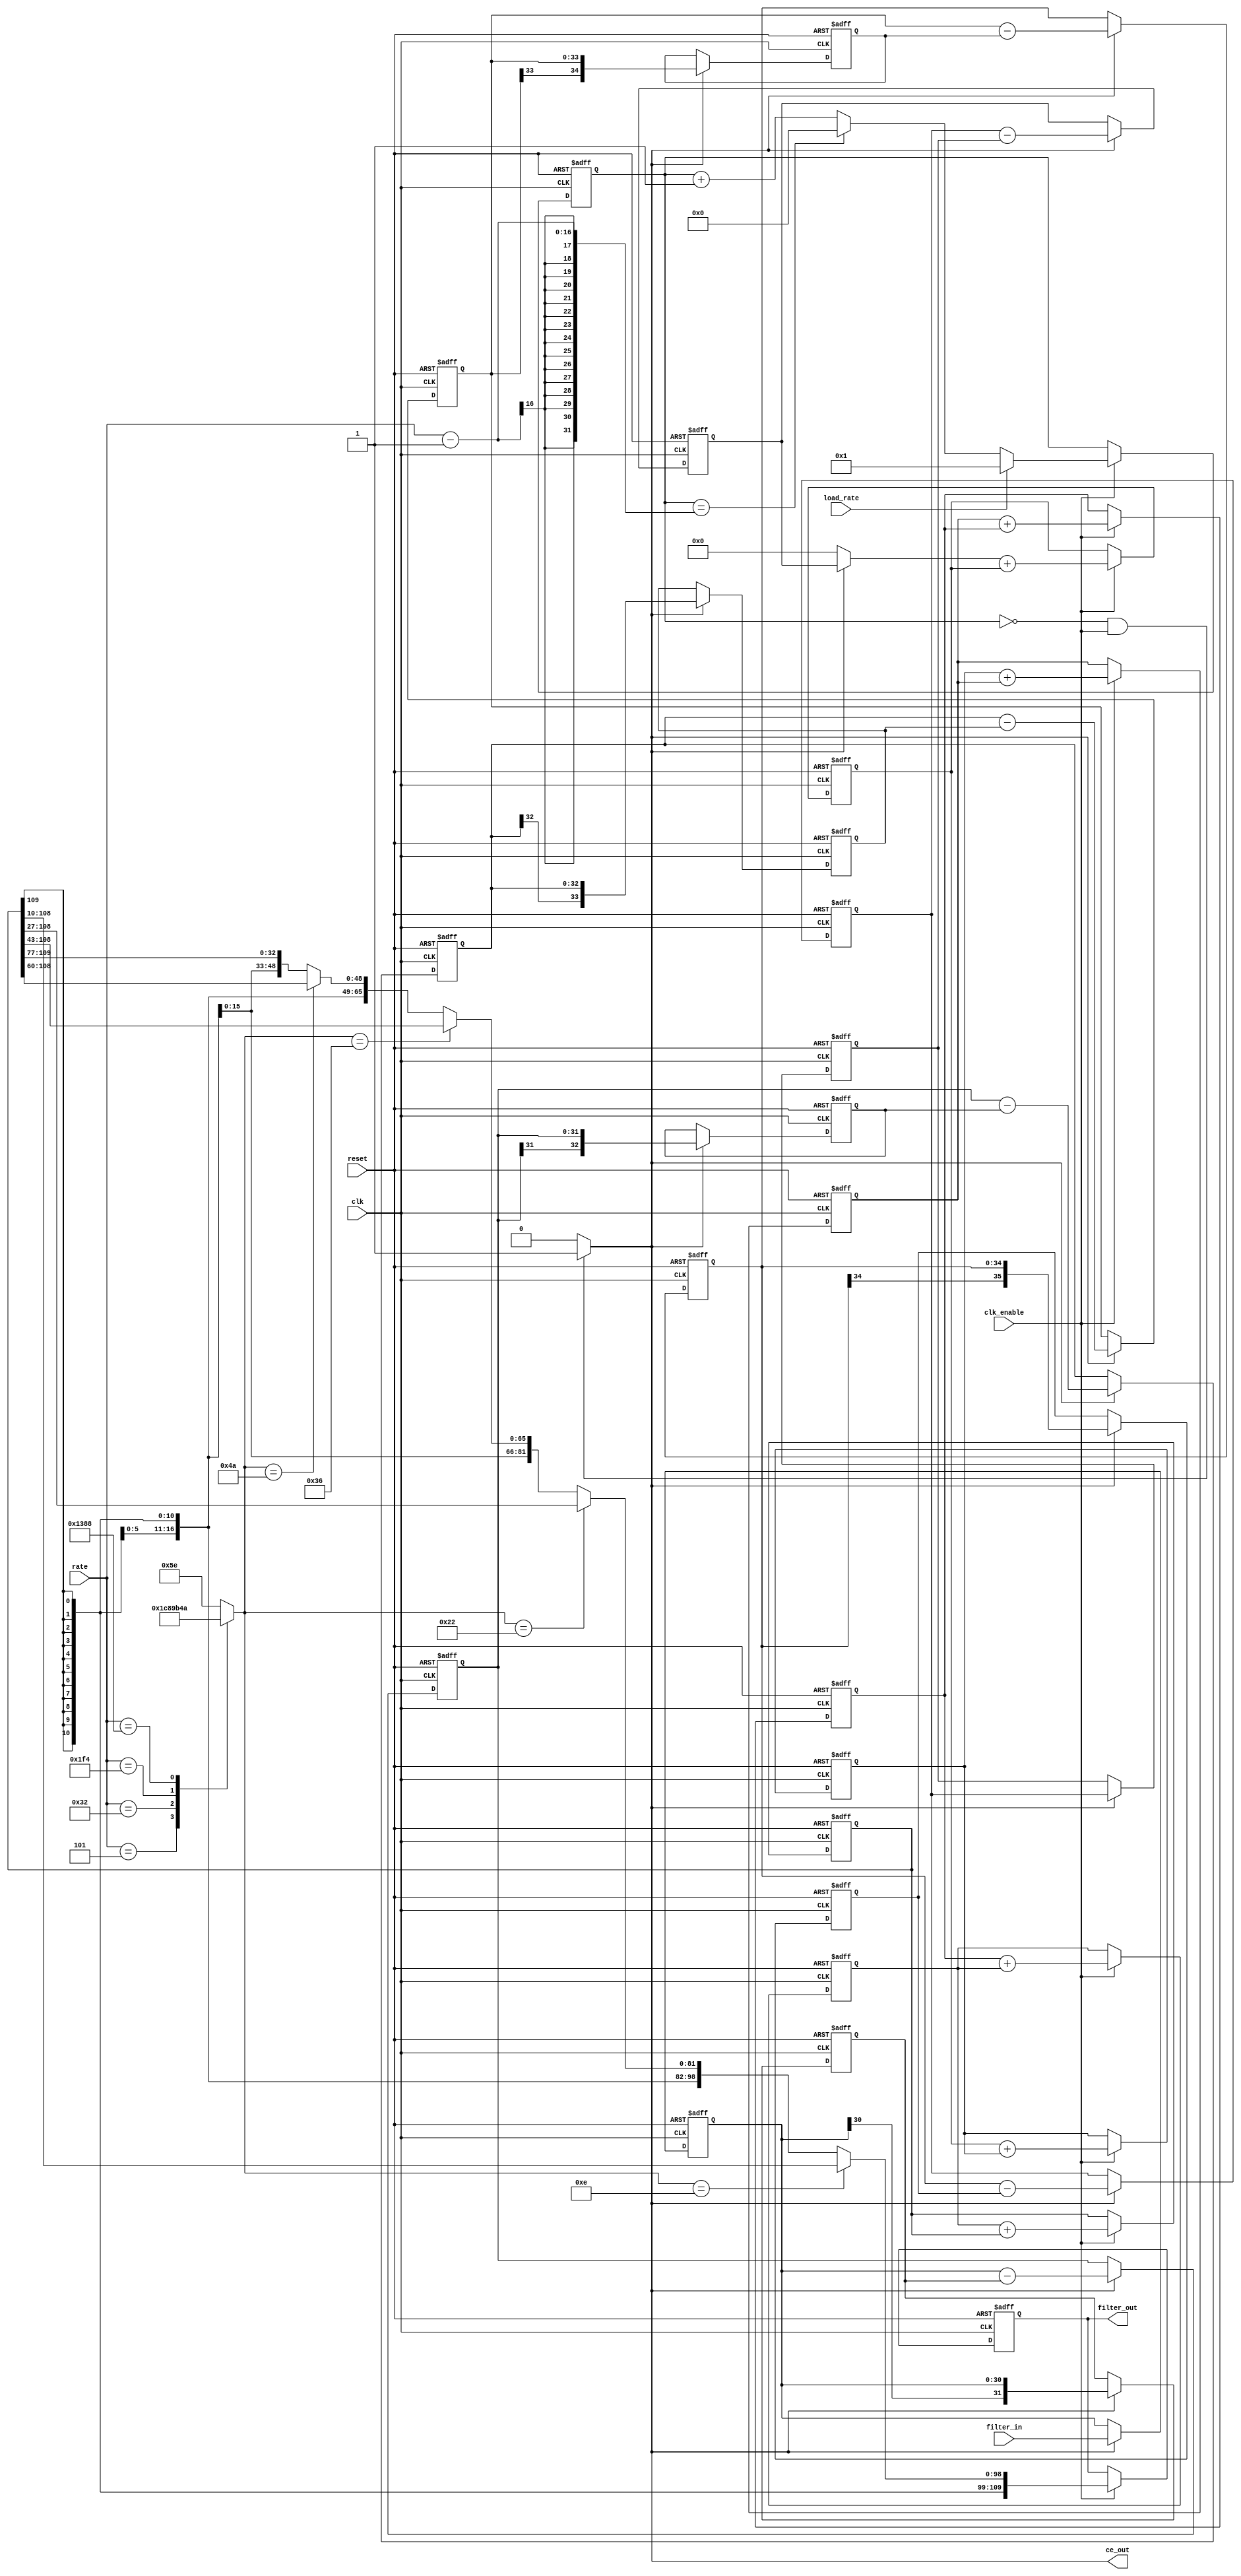
// -------------------------------------------------------------
//
// Module: cic_interp
// Generated by MATLAB(R) 9.0 and the Filter Design HDL Coder 3.0.
// Generated on: 2016-07-05 11:08:04
// -------------------------------------------------------------

// -------------------------------------------------------------
// HDL Code Generation Options:
//
// OptimizeForHDL: on
// EDAScriptGeneration: off
// AddPipelineRegisters: on
// Name: cic_interp
// AddRatePort: on
// InputDataType: numerictype(1,31,30)
// TargetLanguage: Verilog
// TestBenchName: cicinterpfilt_copy_tb
// TestBenchStimulus: step ramp chirp noise
// GenerateHDLTestBench: off

// -------------------------------------------------------------
// HDL Implementation    : Fully parallel
// -------------------------------------------------------------
// Filter Settings:
//
// Discrete-Time FIR Multirate Filter (real)
// -----------------------------------------
// Filter Structure      : Cascaded Integrator-Comb Interpolator
// Interpolation Factor  : 50000
// Differential Delay    : 1
// Number of Sections    : 6
// Stable                : Yes
// Linear Phase          : No
//
// -------------------------------------------------------------

`timescale 1 ns / 1 ns

module cic_interp
               (
                clk,
                clk_enable,
                reset,
                filter_in,
                rate,
                load_rate,
                filter_out,
                ce_out
                );

  input   clk;
  input   clk_enable;
  input   reset;
  input   signed [30:0] filter_in; //sfix31_En30
  input   [15:0] rate; //ufix16
  input   load_rate;
  output  signed [109:0] filter_out; //sfix110_En30
  output  ce_out;

////////////////////////////////////////////////////////////////
//Module Architecture: cic_interp
////////////////////////////////////////////////////////////////
  // Local Functions
  // Type Definitions
  // Constants
  parameter signed [35:0] zeroconst = 36'h000000000; //sfix36_En30
  // Signals
  wire [15:0] rate_unsigned; // ufix16
  reg  [15:0] cur_count = 0; // ufix16
  wire phase_0; // boolean
  //
  reg  signed [30:0] input_register = 0; // sfix31_En30
  //   -- Section 1 Signals
  wire signed [30:0] section_in1; // sfix31_En30
  wire signed [31:0] section_cast1; // sfix32_En30
  reg  signed [31:0] diff1 = 0; // sfix32_En30
  wire signed [31:0] section_out1; // sfix32_En30
  wire signed [31:0] sub_cast; // sfix32_En30
  wire signed [31:0] sub_cast_1; // sfix32_En30
  wire signed [32:0] sub_temp; // sfix33_En30
  reg  signed [31:0] cic_pipeline1 = 0; // sfix32_En30
  //   -- Section 2 Signals
  wire signed [31:0] section_in2; // sfix32_En30
  wire signed [32:0] section_cast2; // sfix33_En30
  reg  signed [32:0] diff2 = 0; // sfix33_En30
  wire signed [32:0] section_out2; // sfix33_En30
  wire signed [32:0] sub_cast_2; // sfix33_En30
  wire signed [32:0] sub_cast_3; // sfix33_En30
  wire signed [33:0] sub_temp_1; // sfix34_En30
  reg  signed [32:0] cic_pipeline2 = 0; // sfix33_En30
  //   -- Section 3 Signals
  wire signed [32:0] section_in3; // sfix33_En30
  wire signed [33:0] section_cast3; // sfix34_En30
  reg  signed [33:0] diff3 = 0; // sfix34_En30
  wire signed [33:0] section_out3; // sfix34_En30
  wire signed [33:0] sub_cast_4; // sfix34_En30
  wire signed [33:0] sub_cast_5; // sfix34_En30
  wire signed [34:0] sub_temp_2; // sfix35_En30
  reg  signed [33:0] cic_pipeline3 = 0; // sfix34_En30
  //   -- Section 4 Signals
  wire signed [33:0] section_in4; // sfix34_En30
  wire signed [34:0] section_cast4; // sfix35_En30
  reg  signed [34:0] diff4 = 0; // sfix35_En30
  wire signed [34:0] section_out4; // sfix35_En30
  wire signed [34:0] sub_cast_6; // sfix35_En30
  wire signed [34:0] sub_cast_7; // sfix35_En30
  wire signed [35:0] sub_temp_3; // sfix36_En30
  reg  signed [34:0] cic_pipeline4 = 0; // sfix35_En30
  //   -- Section 5 Signals
  wire signed [34:0] section_in5; // sfix35_En30
  wire signed [35:0] section_cast5; // sfix36_En30
  reg  signed [35:0] diff5 = 0; // sfix36_En30
  wire signed [35:0] section_out5; // sfix36_En30
  wire signed [35:0] sub_cast_8; // sfix36_En30
  wire signed [35:0] sub_cast_9; // sfix36_En30
  wire signed [36:0] sub_temp_4; // sfix37_En30
  reg  signed [35:0] cic_pipeline5 = 0; // sfix36_En30
  //   -- Section 6 Signals
  wire signed [35:0] section_in6; // sfix36_En30
  reg  signed [35:0] diff6 = 0; // sfix36_En30
  wire signed [35:0] section_out6; // sfix36_En30
  wire signed [35:0] sub_cast_10; // sfix36_En30
  wire signed [35:0] sub_cast_11; // sfix36_En30
  wire signed [36:0] sub_temp_5; // sfix37_En30
  reg  signed [35:0] cic_pipeline6 = 0; // sfix36_En30
  wire signed [35:0] upsampling; // sfix36_En30
  //   -- Section 7 Signals
  wire signed [35:0] section_in7; // sfix36_En30
  wire signed [35:0] sum1; // sfix36_En30
  reg  signed [35:0] section_out7 = 0; // sfix36_En30
  wire signed [35:0] add_cast; // sfix36_En30
  wire signed [35:0] add_cast_1; // sfix36_En30
  wire signed [36:0] add_temp; // sfix37_En30
  //   -- Section 8 Signals
  wire signed [35:0] section_in8; // sfix36_En30
  wire signed [50:0] section_cast8; // sfix51_En30
  wire signed [50:0] sum2; // sfix51_En30
  reg  signed [50:0] section_out8 = 0; // sfix51_En30
  wire signed [50:0] add_cast_2; // sfix51_En30
  wire signed [50:0] add_cast_3; // sfix51_En30
  wire signed [51:0] add_temp_1; // sfix52_En30
  //   -- Section 9 Signals
  wire signed [50:0] section_in9; // sfix51_En30
  wire signed [65:0] section_cast9; // sfix66_En30
  wire signed [65:0] sum3; // sfix66_En30
  reg  signed [65:0] section_out9 = 0; // sfix66_En30
  wire signed [65:0] add_cast_4; // sfix66_En30
  wire signed [65:0] add_cast_5; // sfix66_En30
  wire signed [66:0] add_temp_2; // sfix67_En30
  //   -- Section 10 Signals
  wire signed [65:0] section_in10; // sfix66_En30
  wire signed [79:0] section_cast10; // sfix80_En30
  wire signed [79:0] sum4; // sfix80_En30
  reg  signed [79:0] section_out10 = 0; // sfix80_En30
  wire signed [79:0] add_cast_6; // sfix80_En30
  wire signed [79:0] add_cast_7; // sfix80_En30
  wire signed [80:0] add_temp_3; // sfix81_En30
  //   -- Section 11 Signals
  wire signed [79:0] section_in11; // sfix80_En30
  wire signed [94:0] section_cast11; // sfix95_En30
  wire signed [94:0] sum5; // sfix95_En30
  reg  signed [94:0] section_out11 = 0; // sfix95_En30
  wire signed [94:0] add_cast_8; // sfix95_En30
  wire signed [94:0] add_cast_9; // sfix95_En30
  wire signed [95:0] add_temp_4; // sfix96_En30
  //   -- Section 12 Signals
  wire signed [94:0] section_in12; // sfix95_En30
  wire signed [109:0] section_cast12; // sfix110_En30
  wire signed [109:0] sum6; // sfix110_En30
  reg  signed [109:0] section_out12 = 0; // sfix110_En30
  wire signed [109:0] add_cast_10; // sfix110_En30
  wire signed [109:0] add_cast_11; // sfix110_En30
  wire signed [110:0] add_temp_5; // sfix111_En30
  reg  [6:0] bitgain = 0; // ufix7
  wire signed [109:0] output_typeconvert; // sfix110_En30
  wire signed [109:0] muxinput_14; // sfix110_En16
  wire signed [109:0] muxinput_34; // sfix110_E4
  wire signed [109:0] muxinput_54; // sfix110_E24
  wire signed [109:0] muxinput_74; // sfix110_E44
  wire signed [109:0] muxinput_94; // sfix110_E64
  //
  reg  signed [109:0] output_register = 0; // sfix110_En30

  // Block Statements
  assign rate_unsigned = rate;

  always @ (posedge clk or posedge reset)
    begin: ce_output
      if (reset == 1'b1) begin
        cur_count <= 16'b0000000000000000;
      end
      else begin
        if (clk_enable == 1'b1) begin
          if (load_rate ==  1'b1) begin
            cur_count <= 16'b0000000000000001;
          end
          else if (cur_count == rate_unsigned - 1) begin
            cur_count <= 16'b0000000000000000;
          end
          else begin
            cur_count <= cur_count + 1;
          end
        end
      end
    end // ce_output

  assign  phase_0 = (cur_count == 16'b0000000000000000 && clk_enable == 1'b1)? 1 : 0;

  //   ------------------ Input Register ------------------

  always @ (posedge clk or posedge reset)
    begin: input_reg_process
      if (reset == 1'b1) begin
        input_register <= 0;
      end
      else begin
        if (phase_0 == 1'b1) begin
          input_register <= filter_in;
        end
      end
    end // input_reg_process

  //   ------------------ Section # 1 : Comb ------------------

  assign section_in1 = input_register;

  assign section_cast1 = $signed({{1{section_in1[30]}}, section_in1});

  assign sub_cast = section_cast1;
  assign sub_cast_1 = diff1;
  assign sub_temp = sub_cast - sub_cast_1;
  assign section_out1 = sub_temp[31:0];

  always @ (posedge clk or posedge reset)
    begin: comb_delay_section1
      if (reset == 1'b1) begin
        diff1 <= 0;
      end
      else begin
        if (phase_0 == 1'b1) begin
          diff1 <= section_cast1;
        end
      end
    end // comb_delay_section1

  always @ (posedge clk or posedge reset)
    begin: cic_pipeline_process_section1
      if (reset == 1'b1) begin
        cic_pipeline1 <= 0;
      end
      else begin
        if (phase_0 == 1'b1) begin
          cic_pipeline1 <= section_out1;
        end
      end
    end // cic_pipeline_process_section1

  //   ------------------ Section # 2 : Comb ------------------

  assign section_in2 = cic_pipeline1;

  assign section_cast2 = $signed({{1{section_in2[31]}}, section_in2});

  assign sub_cast_2 = section_cast2;
  assign sub_cast_3 = diff2;
  assign sub_temp_1 = sub_cast_2 - sub_cast_3;
  assign section_out2 = sub_temp_1[32:0];

  always @ (posedge clk or posedge reset)
    begin: comb_delay_section2
      if (reset == 1'b1) begin
        diff2 <= 0;
      end
      else begin
        if (phase_0 == 1'b1) begin
          diff2 <= section_cast2;
        end
      end
    end // comb_delay_section2

  always @ (posedge clk or posedge reset)
    begin: cic_pipeline_process_section2
      if (reset == 1'b1) begin
        cic_pipeline2 <= 0;
      end
      else begin
        if (phase_0 == 1'b1) begin
          cic_pipeline2 <= section_out2;
        end
      end
    end // cic_pipeline_process_section2

  //   ------------------ Section # 3 : Comb ------------------

  assign section_in3 = cic_pipeline2;

  assign section_cast3 = $signed({{1{section_in3[32]}}, section_in3});

  assign sub_cast_4 = section_cast3;
  assign sub_cast_5 = diff3;
  assign sub_temp_2 = sub_cast_4 - sub_cast_5;
  assign section_out3 = sub_temp_2[33:0];

  always @ (posedge clk or posedge reset)
    begin: comb_delay_section3
      if (reset == 1'b1) begin
        diff3 <= 0;
      end
      else begin
        if (phase_0 == 1'b1) begin
          diff3 <= section_cast3;
        end
      end
    end // comb_delay_section3

  always @ (posedge clk or posedge reset)
    begin: cic_pipeline_process_section3
      if (reset == 1'b1) begin
        cic_pipeline3 <= 0;
      end
      else begin
        if (phase_0 == 1'b1) begin
          cic_pipeline3 <= section_out3;
        end
      end
    end // cic_pipeline_process_section3

  //   ------------------ Section # 4 : Comb ------------------

  assign section_in4 = cic_pipeline3;

  assign section_cast4 = $signed({{1{section_in4[33]}}, section_in4});

  assign sub_cast_6 = section_cast4;
  assign sub_cast_7 = diff4;
  assign sub_temp_3 = sub_cast_6 - sub_cast_7;
  assign section_out4 = sub_temp_3[34:0];

  always @ (posedge clk or posedge reset)
    begin: comb_delay_section4
      if (reset == 1'b1) begin
        diff4 <= 0;
      end
      else begin
        if (phase_0 == 1'b1) begin
          diff4 <= section_cast4;
        end
      end
    end // comb_delay_section4

  always @ (posedge clk or posedge reset)
    begin: cic_pipeline_process_section4
      if (reset == 1'b1) begin
        cic_pipeline4 <= 0;
      end
      else begin
        if (phase_0 == 1'b1) begin
          cic_pipeline4 <= section_out4;
        end
      end
    end // cic_pipeline_process_section4

  //   ------------------ Section # 5 : Comb ------------------

  assign section_in5 = cic_pipeline4;

  assign section_cast5 = $signed({{1{section_in5[34]}}, section_in5});

  assign sub_cast_8 = section_cast5;
  assign sub_cast_9 = diff5;
  assign sub_temp_4 = sub_cast_8 - sub_cast_9;
  assign section_out5 = sub_temp_4[35:0];

  always @ (posedge clk or posedge reset)
    begin: comb_delay_section5
      if (reset == 1'b1) begin
        diff5 <= 0;
      end
      else begin
        if (phase_0 == 1'b1) begin
          diff5 <= section_cast5;
        end
      end
    end // comb_delay_section5

  always @ (posedge clk or posedge reset)
    begin: cic_pipeline_process_section5
      if (reset == 1'b1) begin
        cic_pipeline5 <= 0;
      end
      else begin
        if (phase_0 == 1'b1) begin
          cic_pipeline5 <= section_out5;
        end
      end
    end // cic_pipeline_process_section5

  //   ------------------ Section # 6 : Comb ------------------

  assign section_in6 = cic_pipeline5;

  assign sub_cast_10 = section_in6;
  assign sub_cast_11 = diff6;
  assign sub_temp_5 = sub_cast_10 - sub_cast_11;
  assign section_out6 = sub_temp_5[35:0];

  always @ (posedge clk or posedge reset)
    begin: comb_delay_section6
      if (reset == 1'b1) begin
        diff6 <= 0;
      end
      else begin
        if (phase_0 == 1'b1) begin
          diff6 <= section_in6;
        end
      end
    end // comb_delay_section6

  always @ (posedge clk or posedge reset)
    begin: cic_pipeline_process_section6
      if (reset == 1'b1) begin
        cic_pipeline6 <= 0;
      end
      else begin
        if (phase_0 == 1'b1) begin
          cic_pipeline6 <= section_out6;
        end
      end
    end // cic_pipeline_process_section6

  assign upsampling = (phase_0 == 1'b1) ? cic_pipeline6 :
                zeroconst;
  //   ------------------ Section # 7 : Integrator ------------------

  assign section_in7 = upsampling;

  assign add_cast = section_in7;
  assign add_cast_1 = section_out7;
  assign add_temp = add_cast + add_cast_1;
  assign sum1 = add_temp[35:0];

  always @ (posedge clk or posedge reset)
    begin: integrator_delay_section7
      if (reset == 1'b1) begin
        section_out7 <= 0;
      end
      else begin
        if (clk_enable == 1'b1) begin
          section_out7 <= sum1;
        end
      end
    end // integrator_delay_section7

  //   ------------------ Section # 8 : Integrator ------------------

  assign section_in8 = section_out7;

  assign section_cast8 = $signed({{15{section_in8[35]}}, section_in8});

  assign add_cast_2 = section_cast8;
  assign add_cast_3 = section_out8;
  assign add_temp_1 = add_cast_2 + add_cast_3;
  assign sum2 = add_temp_1[50:0];

  always @ (posedge clk or posedge reset)
    begin: integrator_delay_section8
      if (reset == 1'b1) begin
        section_out8 <= 0;
      end
      else begin
        if (clk_enable == 1'b1) begin
          section_out8 <= sum2;
        end
      end
    end // integrator_delay_section8

  //   ------------------ Section # 9 : Integrator ------------------

  assign section_in9 = section_out8;

  assign section_cast9 = $signed({{15{section_in9[50]}}, section_in9});

  assign add_cast_4 = section_cast9;
  assign add_cast_5 = section_out9;
  assign add_temp_2 = add_cast_4 + add_cast_5;
  assign sum3 = add_temp_2[65:0];

  always @ (posedge clk or posedge reset)
    begin: integrator_delay_section9
      if (reset == 1'b1) begin
        section_out9 <= 0;
      end
      else begin
        if (clk_enable == 1'b1) begin
          section_out9 <= sum3;
        end
      end
    end // integrator_delay_section9

  //   ------------------ Section # 10 : Integrator ------------------

  assign section_in10 = section_out9;

  assign section_cast10 = $signed({{14{section_in10[65]}}, section_in10});

  assign add_cast_6 = section_cast10;
  assign add_cast_7 = section_out10;
  assign add_temp_3 = add_cast_6 + add_cast_7;
  assign sum4 = add_temp_3[79:0];

  always @ (posedge clk or posedge reset)
    begin: integrator_delay_section10
      if (reset == 1'b1) begin
        section_out10 <= 0;
      end
      else begin
        if (clk_enable == 1'b1) begin
          section_out10 <= sum4;
        end
      end
    end // integrator_delay_section10

  //   ------------------ Section # 11 : Integrator ------------------

  assign section_in11 = section_out10;

  assign section_cast11 = $signed({{15{section_in11[79]}}, section_in11});

  assign add_cast_8 = section_cast11;
  assign add_cast_9 = section_out11;
  assign add_temp_4 = add_cast_8 + add_cast_9;
  assign sum5 = add_temp_4[94:0];

  always @ (posedge clk or posedge reset)
    begin: integrator_delay_section11
      if (reset == 1'b1) begin
        section_out11 <= 0;
      end
      else begin
        if (clk_enable == 1'b1) begin
          section_out11 <= sum5;
        end
      end
    end // integrator_delay_section11

  //   ------------------ Section # 12 : Integrator ------------------

  assign section_in12 = section_out11;

  assign section_cast12 = $signed({{15{section_in12[94]}}, section_in12});

  assign add_cast_10 = section_cast12;
  assign add_cast_11 = section_out12;
  assign add_temp_5 = add_cast_10 + add_cast_11;
  assign sum6 = add_temp_5[109:0];

  always @ (posedge clk or posedge reset)
    begin: integrator_delay_section12
      if (reset == 1'b1) begin
        section_out12 <= 0;
      end
      else begin
        if (clk_enable == 1'b1) begin
          section_out12 <= sum6;
        end
      end
    end // integrator_delay_section12

  always @(rate_unsigned)
  begin
    case(rate_unsigned)
      16'b0000000000000101 : bitgain = 7'b0001110;
      16'b0000000000110010 : bitgain = 7'b0100010;
      16'b0000000111110100 : bitgain = 7'b0110110;
      16'b0001001110001000 : bitgain = 7'b1001010;
      16'b1100001101010000 : bitgain = 7'b1011110;
      default : bitgain = 7'b1011110;
    endcase
  end

  assign muxinput_14 = $signed({{10{section_out12[109]}}, section_out12[109:10]});

  assign muxinput_34 = $signed({{27{section_out12[109]}}, section_out12[109:27]});

  assign muxinput_54 = $signed({{43{section_out12[109]}}, section_out12[109:43]});

  assign muxinput_74 = $signed({{60{section_out12[109]}}, section_out12[109:60]});

  assign muxinput_94 = $signed({{77{section_out12[109]}}, section_out12[109:77]});

  assign output_typeconvert = (bitgain == 7'b0001110) ? muxinput_14 :
                             (bitgain == 7'b0100010) ? muxinput_34 :
                             (bitgain == 7'b0110110) ? muxinput_54 :
                             (bitgain == 7'b1001010) ? muxinput_74 :
                             muxinput_94;
  //   ------------------ Output Register ------------------

  always @ (posedge clk or posedge reset)
    begin: output_reg_process
      if (reset == 1'b1) begin
        output_register <= 0;
      end
      else begin
        if (clk_enable == 1'b1) begin
          output_register <= output_typeconvert;
        end
      end
    end // output_reg_process

  // Assignment Statements
  assign ce_out = phase_0;
  assign filter_out = output_register;
endmodule  // cic_interp